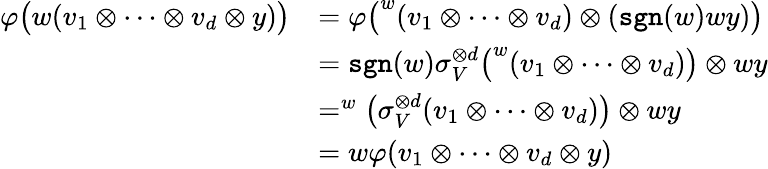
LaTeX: \begin{array}{rl}{{\varphi}\big(w(v_{1}\otimes\dots\otimes v_{d}\otimes y)\big)}&{={\varphi}\big(^{w}(v_{1}\otimes\dots\otimes v_{d})\otimes(\mathtt{sgn}(w)wy)\big)}\\ &{=\mathtt{sgn}(w)\sigma_{V}^{\otimes d}\big(^{w}(v_{1}\otimes\dots\otimes v_{d})\big)\otimes wy}\\ &{=^{w}\big(\sigma_{V}^{\otimes d}(v_{1}\otimes\dots\otimes v_{d})\big)\otimes wy}\\ &{=w{\varphi}(v_{1}\otimes\dots\otimes v_{d}\otimes y)}\end{array}